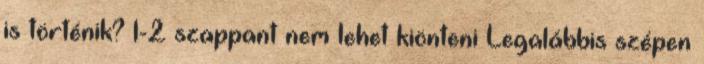
is történik? 1-2 szappant nem lehet kiönteni Legalábbis szépen